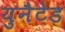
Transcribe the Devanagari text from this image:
युनैटेड